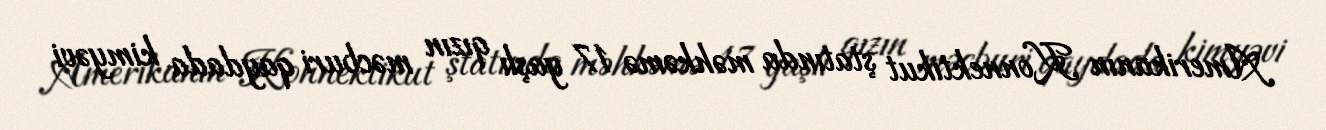
Amerikanın Konnektikut ştatında məhkəmə 17 yaşlı qızın məcburi qaydada kimyəvi